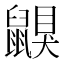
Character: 鼳